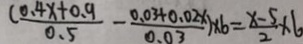
( \frac { 0 . 4 x + 0 . 9 } { 0 . 5 } - \frac { 0 . 0 3 + 0 . 0 \dot { 2 x } } { 0 . 0 3 } \times 6 = \frac { x - 5 } { 2 } \times 6